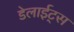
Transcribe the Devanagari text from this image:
डेलाईट्स